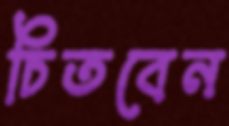
চিতবেন